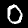
Digit: 0